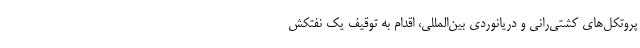
پروتکل‌های کشتی‌رانی و دریانوردی بین‌المللی، اقدام به توقیف یک نفتکش